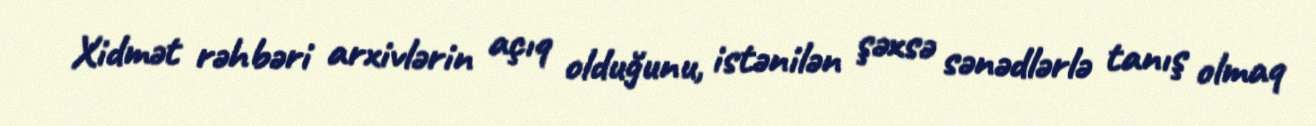
Xidmət rəhbəri arxivlərin açıq olduğunu, istənilən şəxsə sənədlərlə tanış olmaq